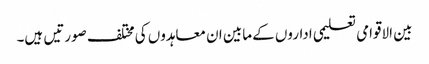
بین الاقوامی تعلیمی اداروں کے مابین ان معاہدوں کی مختلف صورتیں ہیں۔